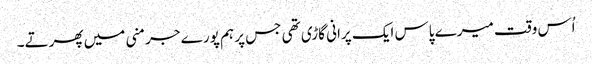
اُس وقت میرے پاس ایک پرانی گاڑی تھی جس پر ہم پورے جرمنی میں پھرتے۔